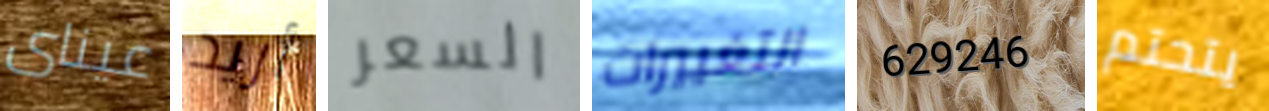
عيناى أريد السعر التغييرات 629246 يتحتم